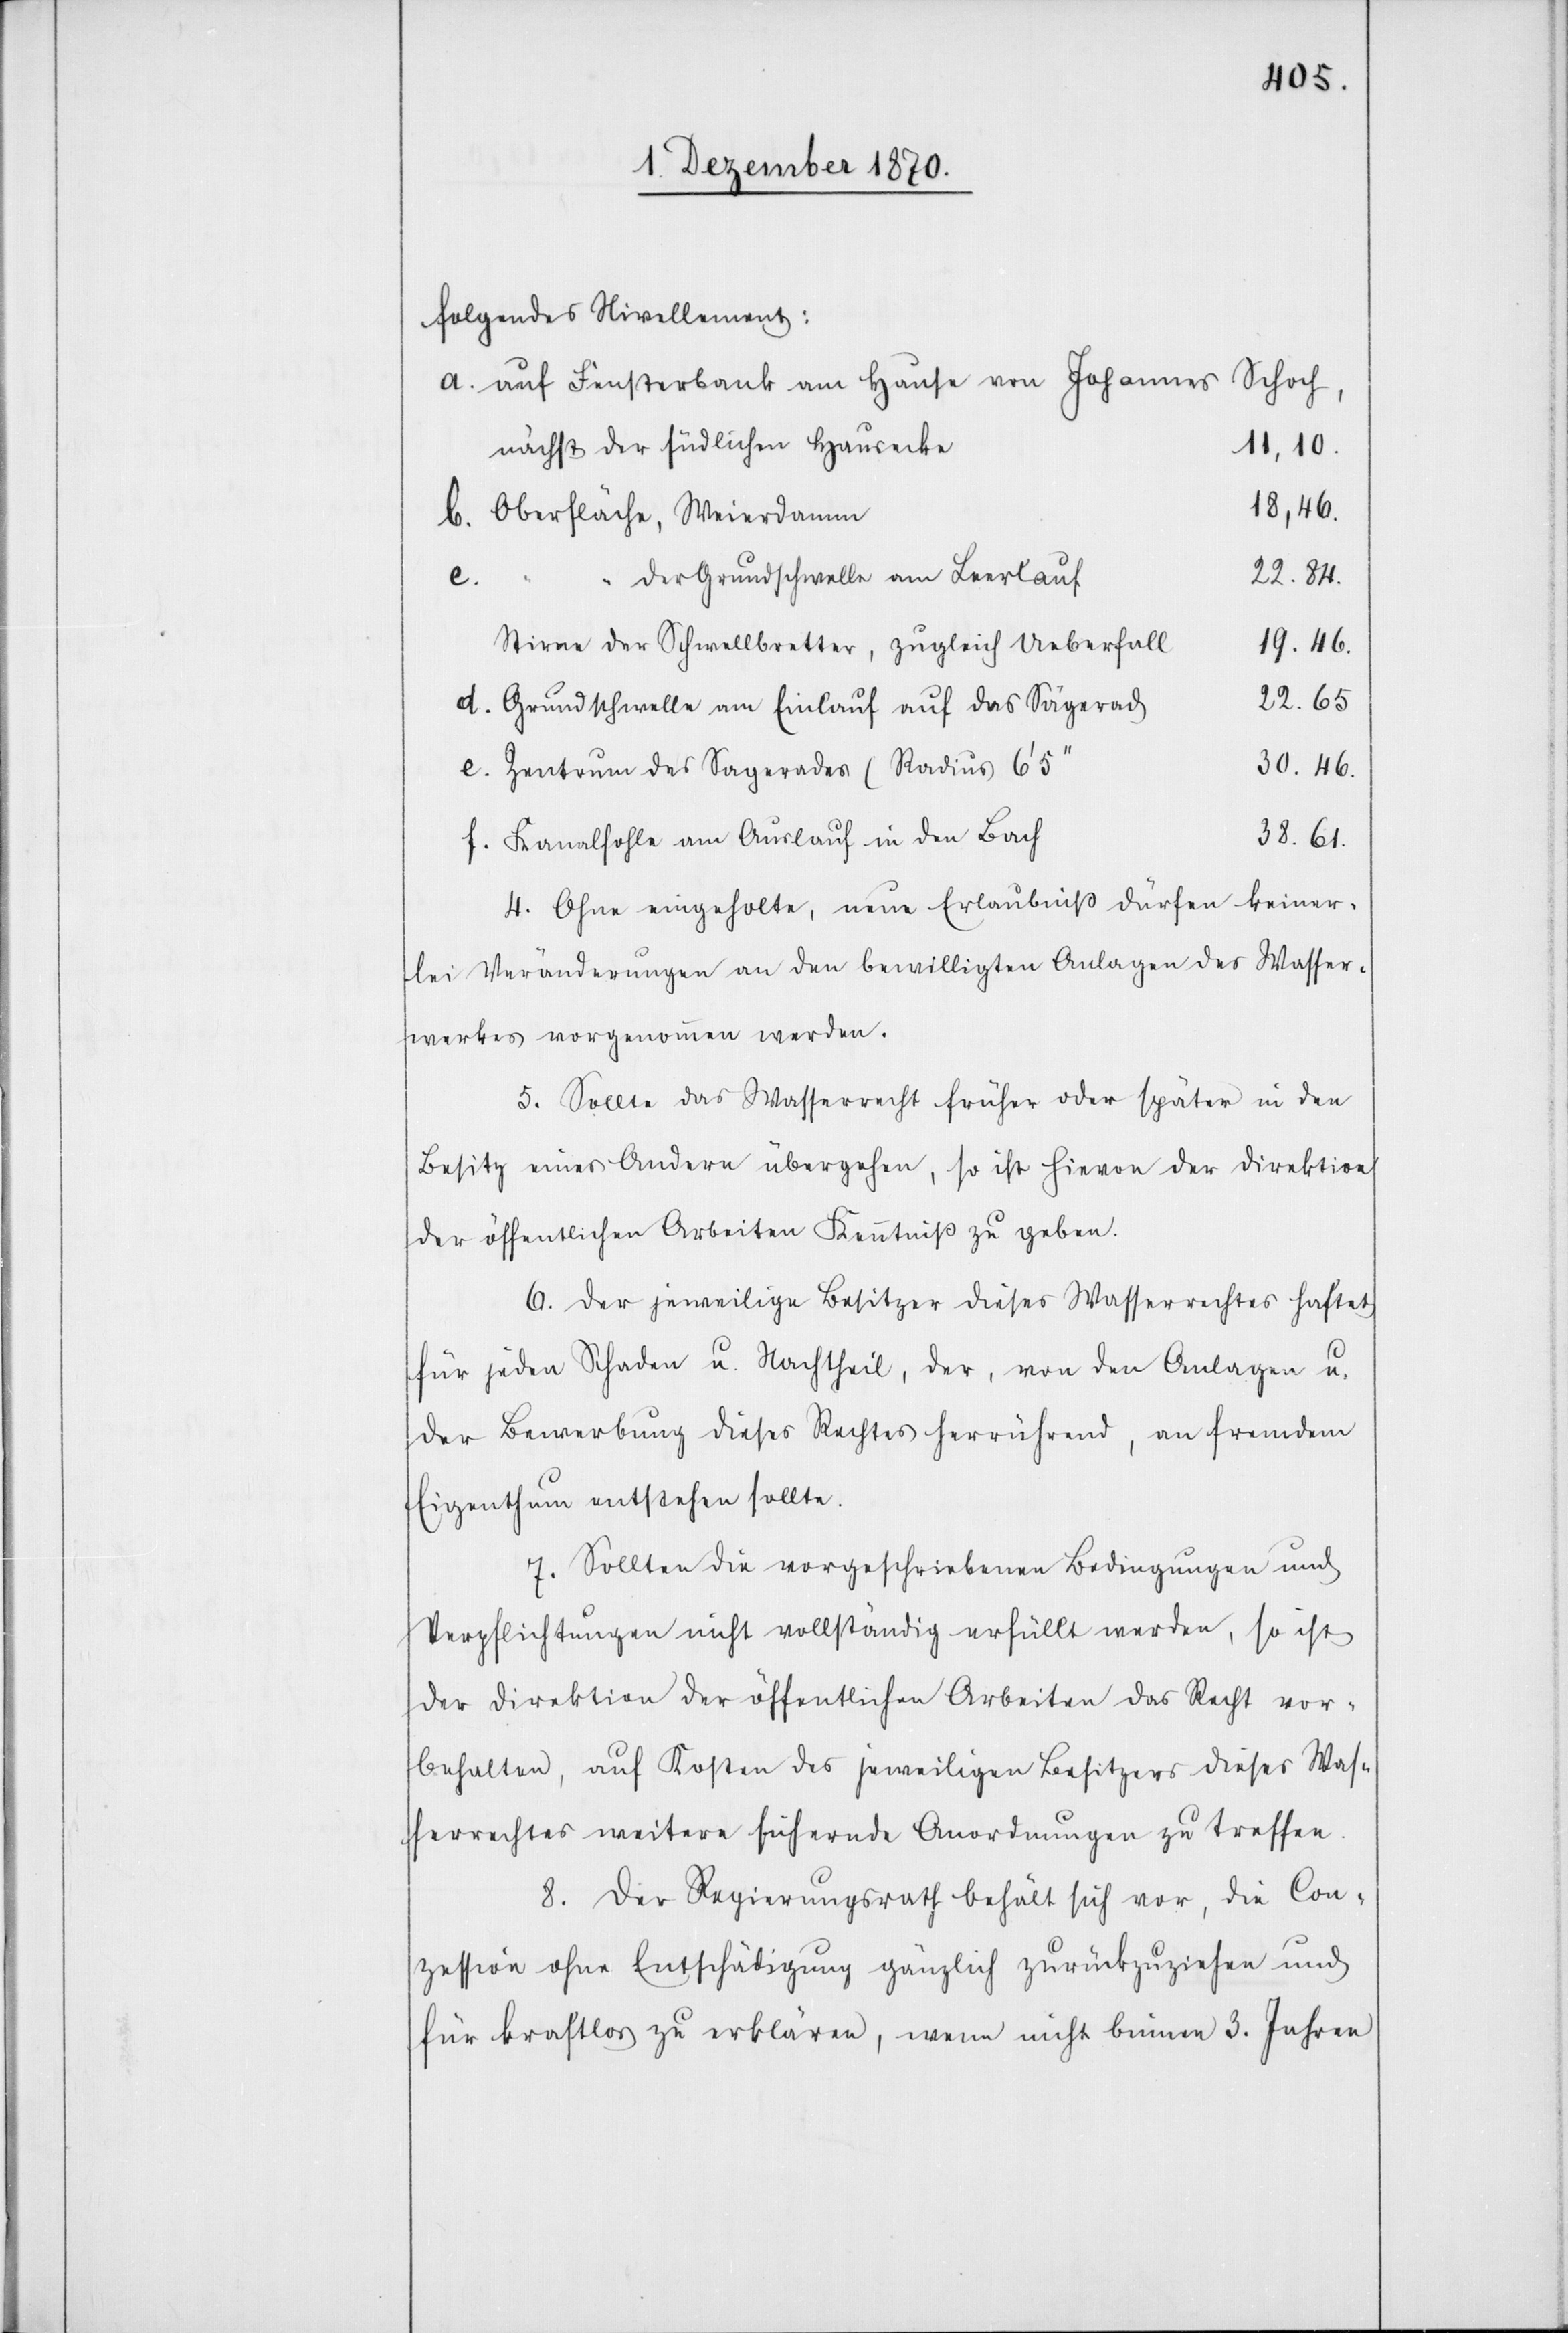
folgendes Nivellement:
auf Fensterbank am Hause von Johannes Schoh,
nächst der südlichen Hausecke
11,10.
18,46.
Oberfläche, Weierdamm
der Grundschwelle am Leerlauf
22.84.
f.
Stirne der Schwellbretter, zugleich Ueberfall
19.46.
22.65
Grundschwelle am Einlauf auf das Sägerad
30.46.
Zentrum des Sägerades (Radius
38.61.
Kanalsohle am Auslauf in den Bach
4. Ohne eingeholte, neue Erlaubniß dürfen keiner¬
lei Veränderungen an den bewilligten Anlagen des Wasser¬
werkes vorgenommen werden.
5. Sollte das Wasserrecht früher oder später in den
Besitz eines Andern übergehen, so ist hievon der Direktion
der öffentlichen Arbeiten Kenntniß zu geben.
6. Der jeweilige Besitzer dieses Wasserrechtes haftet
für jeden Schaden u. Nachtheil, der, von den Anlagen u.
der Bewerbung dieses Rechtes herrühren, an fremdem
Eigenthum entstehen sollte.
7. Sollten die vorgeschriebenen Bedingungen und
Verpflichtungen nicht vollständig erfüllt werden, so ist
der Direktion der öffentlichen Arbeiten das Recht vor¬
behalten, auf Kosten des jeweiligen Besitzers dieses Was¬
serrechtes weitere sichernde Anordnungen zu treffen.
8. Der Regierungsrath behält sich vor, die Con¬
zession ohne Entschädigung gänzlich zurückzuziehen und
für kraftlos zu erklären, wenn nicht binnen 3. Jahren